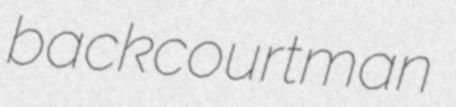
backcourtman